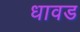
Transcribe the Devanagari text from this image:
धावड